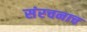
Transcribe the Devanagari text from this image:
संरचनाच